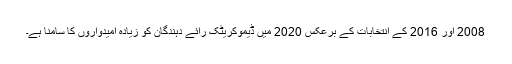
2008 اور 2016 کے انتخابات کے برعکس 2020 میں ڈیموکریٹک رائے دہندگان کو زیادہ امیدواروں کا سامنا ہے۔